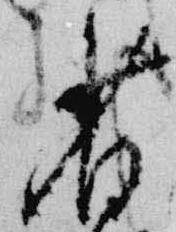
省